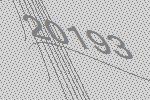
20193